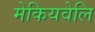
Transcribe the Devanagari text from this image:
मेकियवेलि